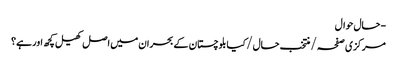
- حال حوال
مرکزی صفحہ / منتخب حال / کیا بلوچستان کے بحران میں اصل کھیل کچھ اور ہے؟